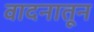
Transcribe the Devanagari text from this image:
वादनातून